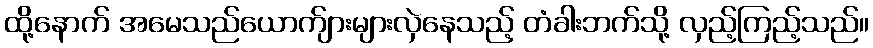
ထို့နောက် အမေသည်ယောက်ျားများလှဲနေသည့် တံခါးဘက်သို့ လှည့်ကြည့်သည်။